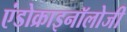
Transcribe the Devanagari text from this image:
एंडोक्राइनॉलोजी